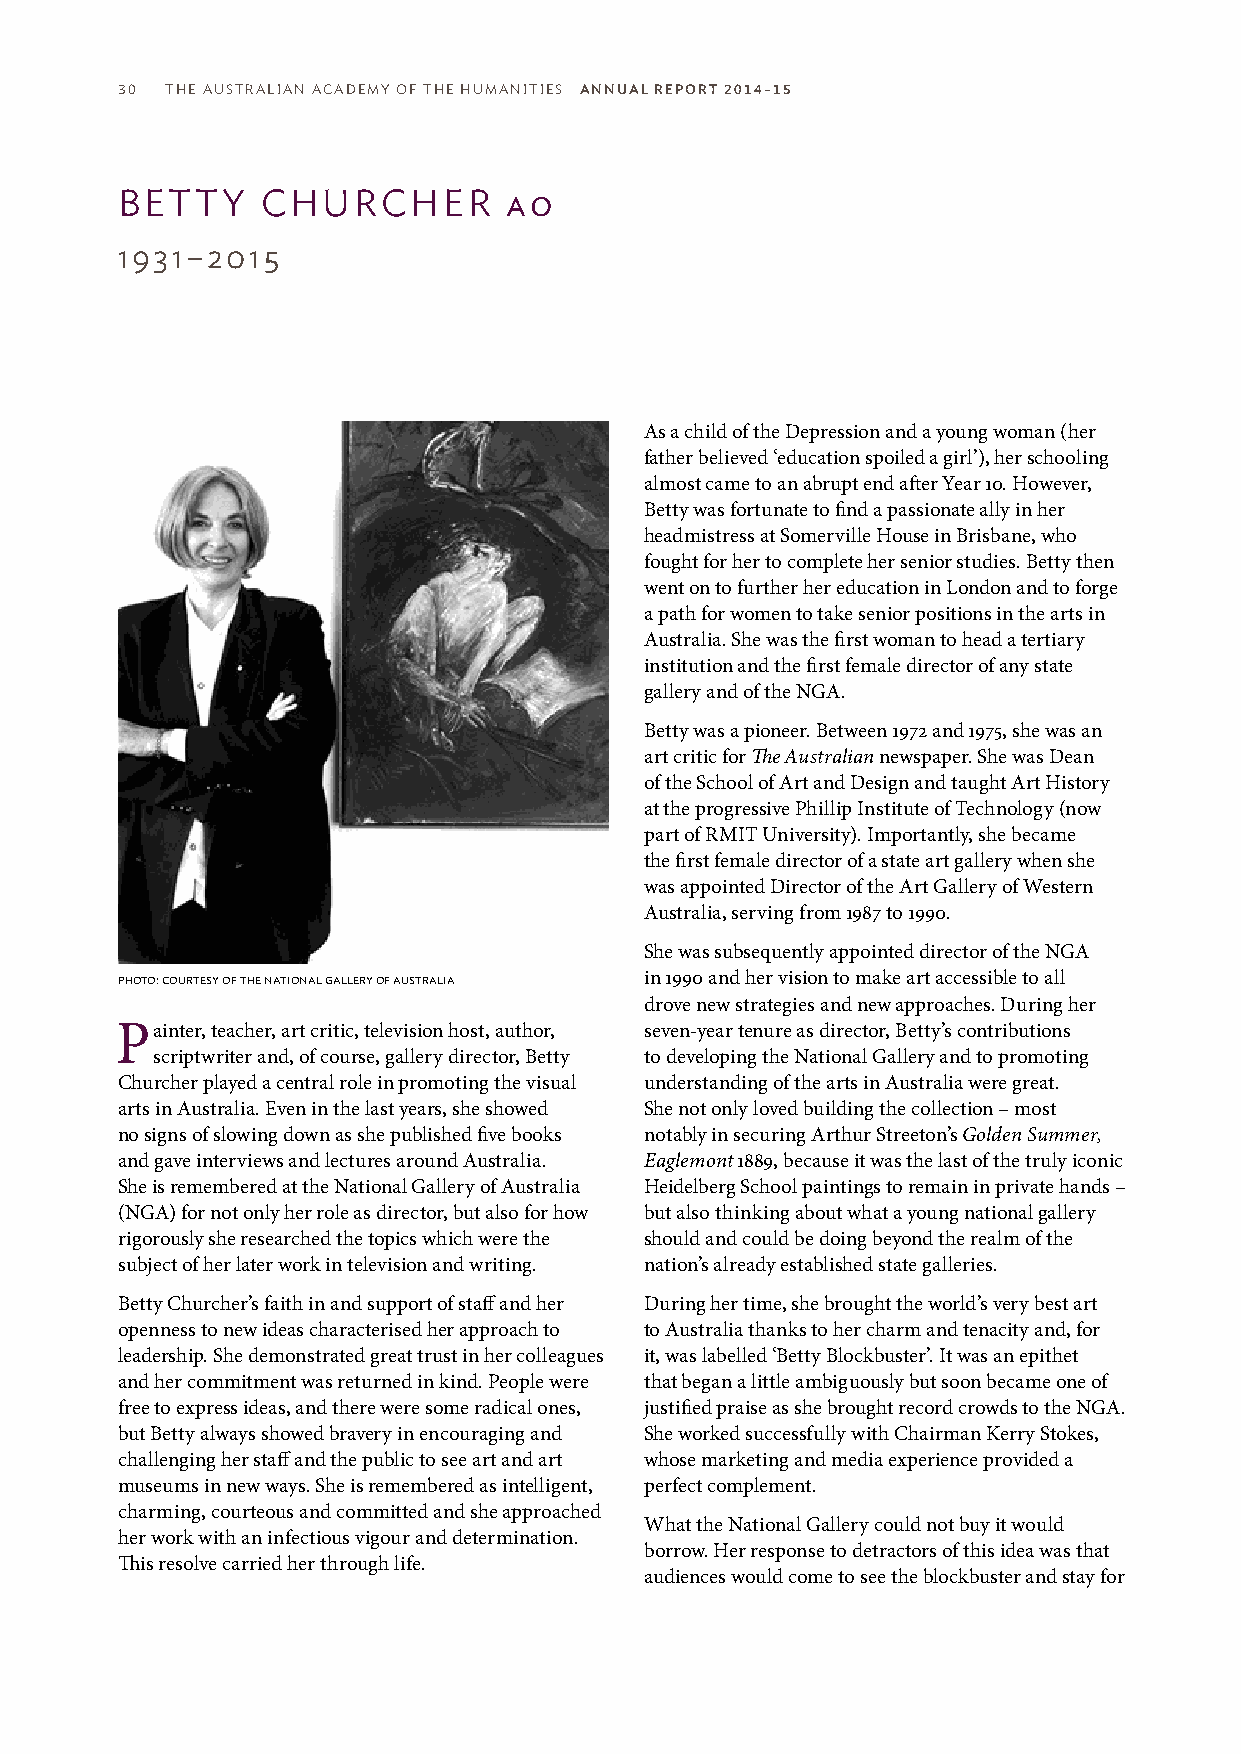
30 THE AUSTRALIAN ACADEMY OF THE HUMANITIES ANNUAL REPORT 2014–15
 BETTY    CHURCHER        AO
 1931–2015
 As a child of the Depression and a young woman (her
 father believed ‘education spoiled a girl’), her schooling
 almost came to an abrupt end after Year 10. However,
 Betty was fortunate to find a passionate ally in her
 headmistress at Somerville House in Brisbane, who
 fought for her to complete her senior studies. Betty then
 went on to further her education in London and to forge
 a path for women to take senior positions in the arts in
 Australia. She was the first woman to head a tertiary
 institution and the first female director of any state
 gallery and of the NGA.
 Betty was a pioneer. Between 1972 and 1975, she was an
 art critic for The Australian newspaper. She was Dean
 of the School of Art and Design and taught Art History
 at the progressive Phillip Institute of Technology (now
 part of RMIT University). Importantly, she became
 the first female director of a state art gallery when she
 was appointed Director of the Art Gallery of Western
 Australia, serving from 1987 to 1990.
 She was subsequently appointed director of the NGA
 photo: courtesy of the national gallery of australia in 1990 and her vision to make art accessible to all
 drove new strategies and new approaches. During her
 Painter, teacher, art critic, television host, author, seven-year tenure as director, Betty’s contributions
 scriptwriter and, of course, gallery director, Betty to developing the National Gallery and to promoting
 Churcher played a central role in promoting the visual understanding of the arts in Australia were great.
 arts in Australia. Even in the last years, she showed She not only loved building the collection – most
 no signs of slowing down as she published five books notably in securing Arthur Streeton’s Golden Summer,
 and gave interviews and lectures around Australia. Eaglemont 1889, because it was the last of the truly iconic
 She is remembered at the National Gallery of Australia Heidelberg School paintings to remain in private hands –
 (NGA) for not only her role as director, but also for how but also thinking about what a young national gallery
 rigorously she researched the topics which were the should and could be doing beyond the realm of the
 subject of her later work in television and writing. nation’s already established state galleries.
 Betty Churcher’s faith in and support of staff and her During her time, she brought the world’s very best art
 openness to new ideas characterised her approach to to Australia thanks to her charm and tenacity and, for
 leadership. She demonstrated great trust in her colleagues it, was labelled ‘Betty Blockbuster’. It was an epithet
 and her commitment was returned in kind. People were that began a little ambiguously but soon became one of
 free to express ideas, and there were some radical ones, justified praise as she brought record crowds to the NGA.
 but Betty always showed bravery in encouraging and She worked successfully with Chairman Kerry Stokes,
 challenging her staff and the public to see art and art whose marketing and media experience provided a
 museums in new ways. She is remembered as intelligent, perfect complement.
 charming, courteous and committed and she approached
 What the National Gallery could not buy it would
 her work with an infectious vigour and determination.
 borrow. Her response to detractors of this idea was that
 This resolve carried her through life.
 audiences would come to see the blockbuster and stay for